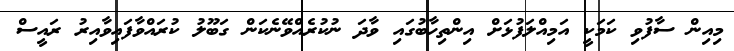
މިއިން ސާފުވި ކަމަކީ އަމިއްލަފުޅަށް އިންތިހާބުގައި ވާދަ ނުކުރެއްވޭނެކަން ގަބޫލު ކުރައްވާފައިވާއިރު ރައީސް